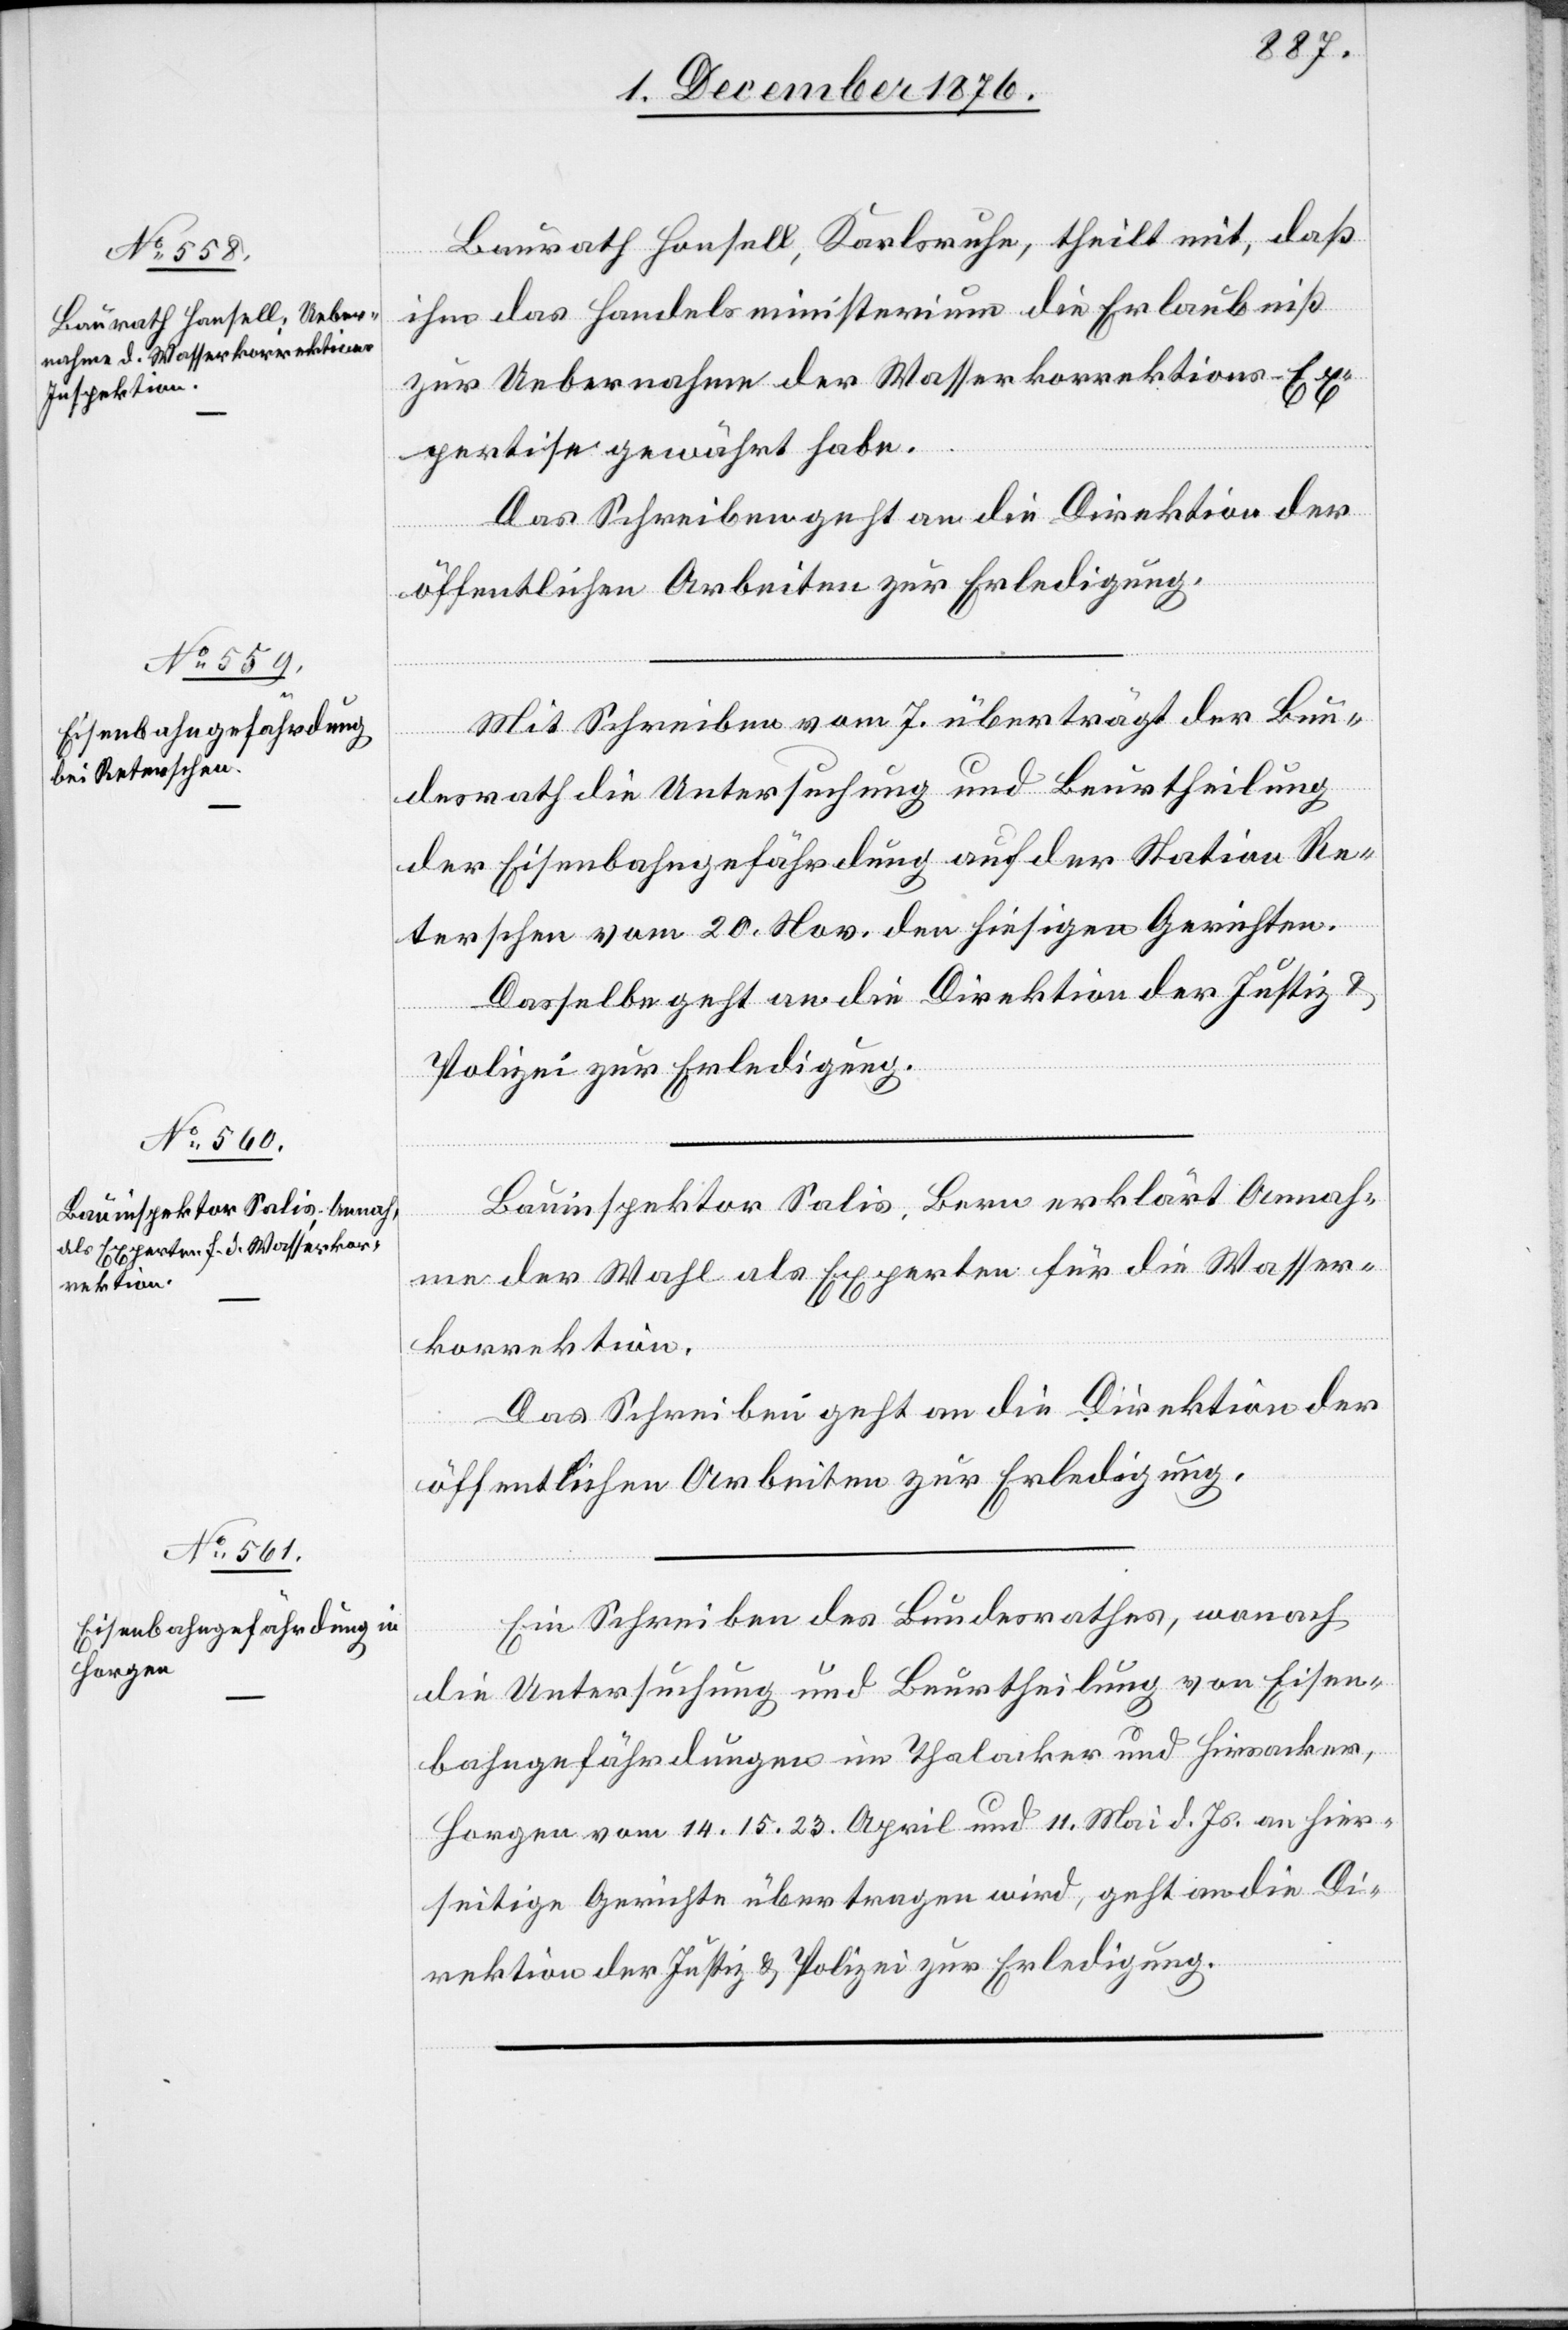
mit,
9. Dezember 1876.]
ihm das Handelsministerium die Erlaubniß
zur Uebernahme der Wasserkorrektions-Ex¬
pertise gewährt habe.
Das Schreiben geht an die Direktion der
öffentlichen Arbeiten zur Erledigung.
Mit Schreiben vom 7. überträgt der Bun¬
daß
desrath die Untersuchung und Beurtheilung
der Eisenbahngefährdung auf der Station Re¬
terschen vom 20. Nov. den hiesigen Gerichten.
Dasselbe geht an die Direktion der Justiz &
Polizei zur Erledigung.
Bauinspektor Salis, Bern erklärt Annah¬
me der Wahl als Experten für die Wasser¬
korrektion.
Das Schreiben geht an die Direktion der
öffentlichen Arbeiten zur Erledigung.
Ein Schreiben des Bundesrathes, wonach
die Untersuchung und Beurtheilung von Eisen¬
bahngefährdungen im Thalacker und Hirsacker,
Horgen vom 14. 15. 23. April und 11. Mai d. Js. an hier¬
seitige Gerichte übertragen wird, geht an die Di¬
rektion der Justiz & Polizei zur Erledigung.